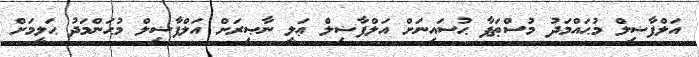
އަލްފާޟިލް މުޙައްމަދު މުސްޠަފާ ޙުސައިނަށް އަލްފާޟިލް ޢަލީ ނާޞިރަށް އަލްފާޟިލް މުޙަންމަދު ޙަލީމަށް